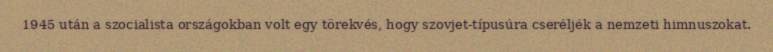
1945 után a szocialista országokban volt egy törekvés, hogy szovjet-típusúra cseréljék a nemzeti himnuszokat.